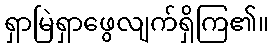
ရှာမြဲရှာဖွေလျက်ရှိကြ၏။